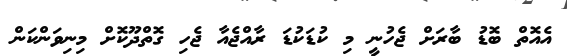
އެއޮތް ބޮޑު ބާރަށް ޖެހުނީ މި ކުޑަކުޑަ ރާއްޖެއާ ޖެހި ގޮތްދޫކޮށް މިނިވަންކަން